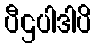
ပီဌပါဒါပိ